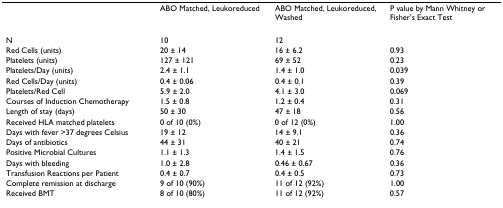
|  | ABO Matched, Leukoreduced | ABO Matched, Leukoreduced, Washed | P value by Mann Whitney or Fisher's Exact Test |
 | --- | --- | --- | --- |
 | N | 10 | 12 |  |
 | Red Cells (units) | 20 ± 14 | 16 ± 6.2 | 0.93 |
 | Platelets (units) | 127 ± 121 | 69 ± 52 | 0.23 |
 | Platelets/Day (units) | 2.4 ± 1.1 | 1.4 ± 1.0 | 0.039 |
 | Red Cells/Day (units) | 0.4 ± 0.06 | 0.4 ± 0.1 | 0.39 |
 | Platelets/Red Cell | 5.9 ± 2.0 | 4.1 ± 3.0 | 0.069 |
 | Courses of Induction Chemotherapy | 1.5 ± 0.8 | 1.2 ± 0.4 | 0.31 |
 | Length of stay (days) | 50 ± 30 | 47 ± 18 | 0.56 |
 | Received HLA matched platelets | 0 of 10 (0%) | 0 of 12 (0%) | 1.00 |
 | Days with fever >37 degrees Celsius | 19 ± 12 | 14 ± 9.1 | 0.36 |
 | Days of antibiotics | 44 ± 31 | 40 ± 21 | 0.74 |
 | Positive Microbial Cultures | 1.1 ± 1.3 | 1.4 ± 1.5 | 0.76 |
 | Days with bleeding | 1.0 ± 2.8 | 0.46 ± 0.67 | 0.36 |
 | Transfusion Reactions per Patient | 0.4 ± 0.7 | 0.4 ± 0.5 | 0.73 |
 | Complete remission at discharge | 9 of 10 (90%) | 11 of 12 (92%) | 1.00 |
 | Received BMT | 8 of 10 (80%) | 11 of 12 (92%) | 0.57 |